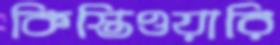
কিস্তিওয়ারি